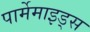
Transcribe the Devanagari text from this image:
पार्मेमाइड्स